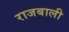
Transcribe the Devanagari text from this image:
राजबाली